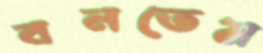
বনতেম